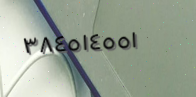
٣٨٤٥١٤٥٥١